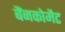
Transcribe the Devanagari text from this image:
बैंनकोमैट